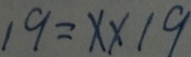
1 9 = x \times 1 9